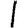
Digit: 1